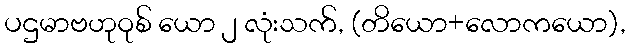
ပဌမာဗဟုဝုစ် ယော ၂ လုံးသက်, (တိယော+လောကယော),